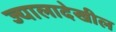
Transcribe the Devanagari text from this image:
ज्यालादेखील